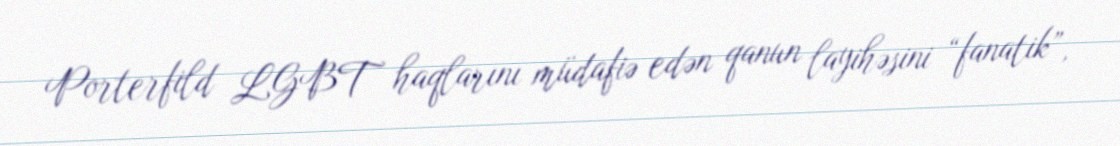
Porterfild LGBT haqlarını müdafiə edən qanun layihəsini “fanatik”,